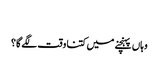
‬
‫وہاں پہنچنے میں کتنا وقت لگے گا؟